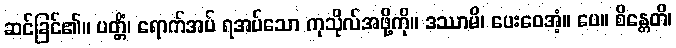
ဆင်ခြင်၏။ ပတ္တိံ၊ ရောက်အပ် ရအပ်သော ကုသိုလ်အဖို့ကို။ ဒဿာမိ၊ ပေးဝေအံ့။ ပေ။ စိန္တေတိ၊